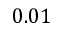
0 . 0 1